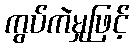
ကွပ်ကဲမှုဖြင့်